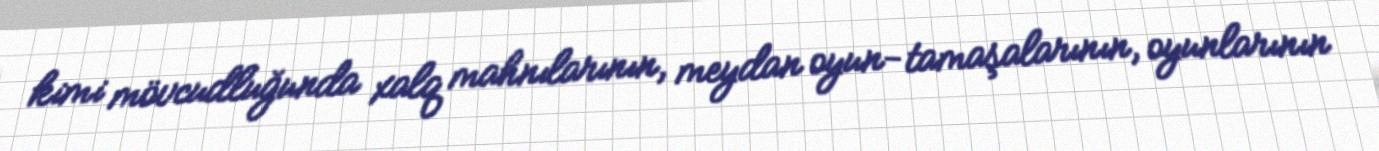
kimi mövcudluğunda xalq mahnılarının, meydan oyun-tamaşalarının, oyunlarının